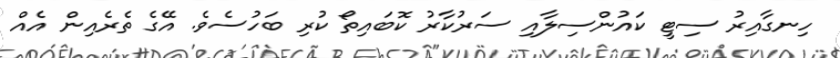
ހިނގާއިރު ސިޓީ ކައުންސިލާއި ސަރުކާރު ކޮބައިތޯ ކުރި ބަހުސެވެ. އޭގެ ތެރެއިން އެއް